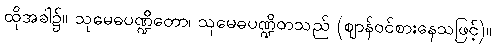
ထိုအခါ၌။ သုမေဓပဏ္ဍိတော၊ သုမေဓပဏ္ဍိတသည် (ဈာန်ဝင်စားနေသဖြင့်)။